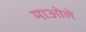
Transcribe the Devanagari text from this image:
माओले